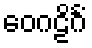
ဝေဂဠိင်္ဂံ